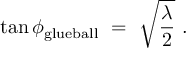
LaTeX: \tan \phi _ { \mathrm { g l u e b a l l } } \ = \ \sqrt { \frac \lambda 2 } \ .